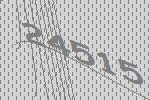
24515